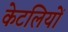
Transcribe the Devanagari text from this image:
केटलियों